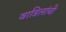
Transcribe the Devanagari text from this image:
वाडिलांची